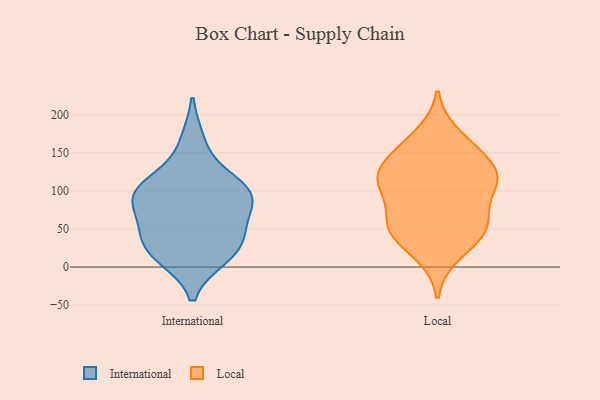
{"axis": {"x": "Bounce Rate (%)", "y": "Value"}, "legend": ["International", "Local"], "data": [{"x": "", "y": 19, "type": "International"}, {"x": "", "y": 39, "type": "International"}, {"x": "", "y": 102, "type": "International"}, {"x": "", "y": 98, "type": "International"}, {"x": "", "y": 99, "type": "International"}, {"x": "", "y": 164, "type": "International"}, {"x": "", "y": 72, "type": "International"}, {"x": "", "y": 14, "type": "International"}, {"x": "", "y": 51, "type": "International"}, {"x": "", "y": 25, "type": "International"}, {"x": "", "y": 88, "type": "International"}, {"x": "", "y": 107, "type": "International"}, {"x": "", "y": 173, "type": "Local"}, {"x": "", "y": 152, "type": "Local"}, {"x": "", "y": 50, "type": "Local"}, {"x": "", "y": 100, "type": "Local"}, {"x": "", "y": 111, "type": "Local"}, {"x": "", "y": 117, "type": "Local"}, {"x": "", "y": 123, "type": "Local"}, {"x": "", "y": 54, "type": "Local"}, {"x": "", "y": 151, "type": "Local"}, {"x": "", "y": 109, "type": "Local"}, {"x": "", "y": 17, "type": "Local"}, {"x": "", "y": 63, "type": "Local"}, {"x": "", "y": 41, "type": "Local"}, {"x": "", "y": 124, "type": "Local"}, {"x": "", "y": 54, "type": "Local"}]}